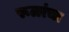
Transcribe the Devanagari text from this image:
रूळांचा